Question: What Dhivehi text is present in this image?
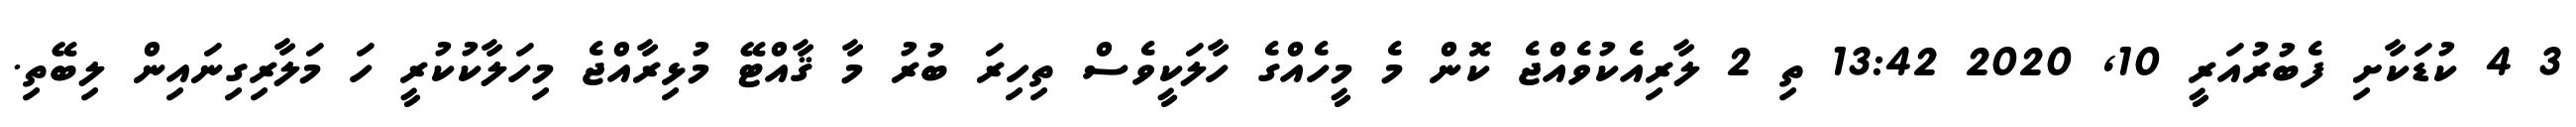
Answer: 3 4 ކުޑަކާށި ފެބުރުއަރީ 10, 2020 13:42 ތި 2 ލާރިއެކުވެއްޖެ ކޮން މެ މީހެއްގެ ހާލަކީވެސް ތިހިރަ ބުރު މާ ޤާއްޓޭ މުޅިރާއްޖެ މިހަލާކުކުރީ ހަ މަލާރިގިނައިން ލިބޭތި.